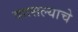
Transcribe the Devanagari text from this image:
वात्सल्याचे